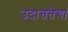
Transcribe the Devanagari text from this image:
उदात्ततेचा